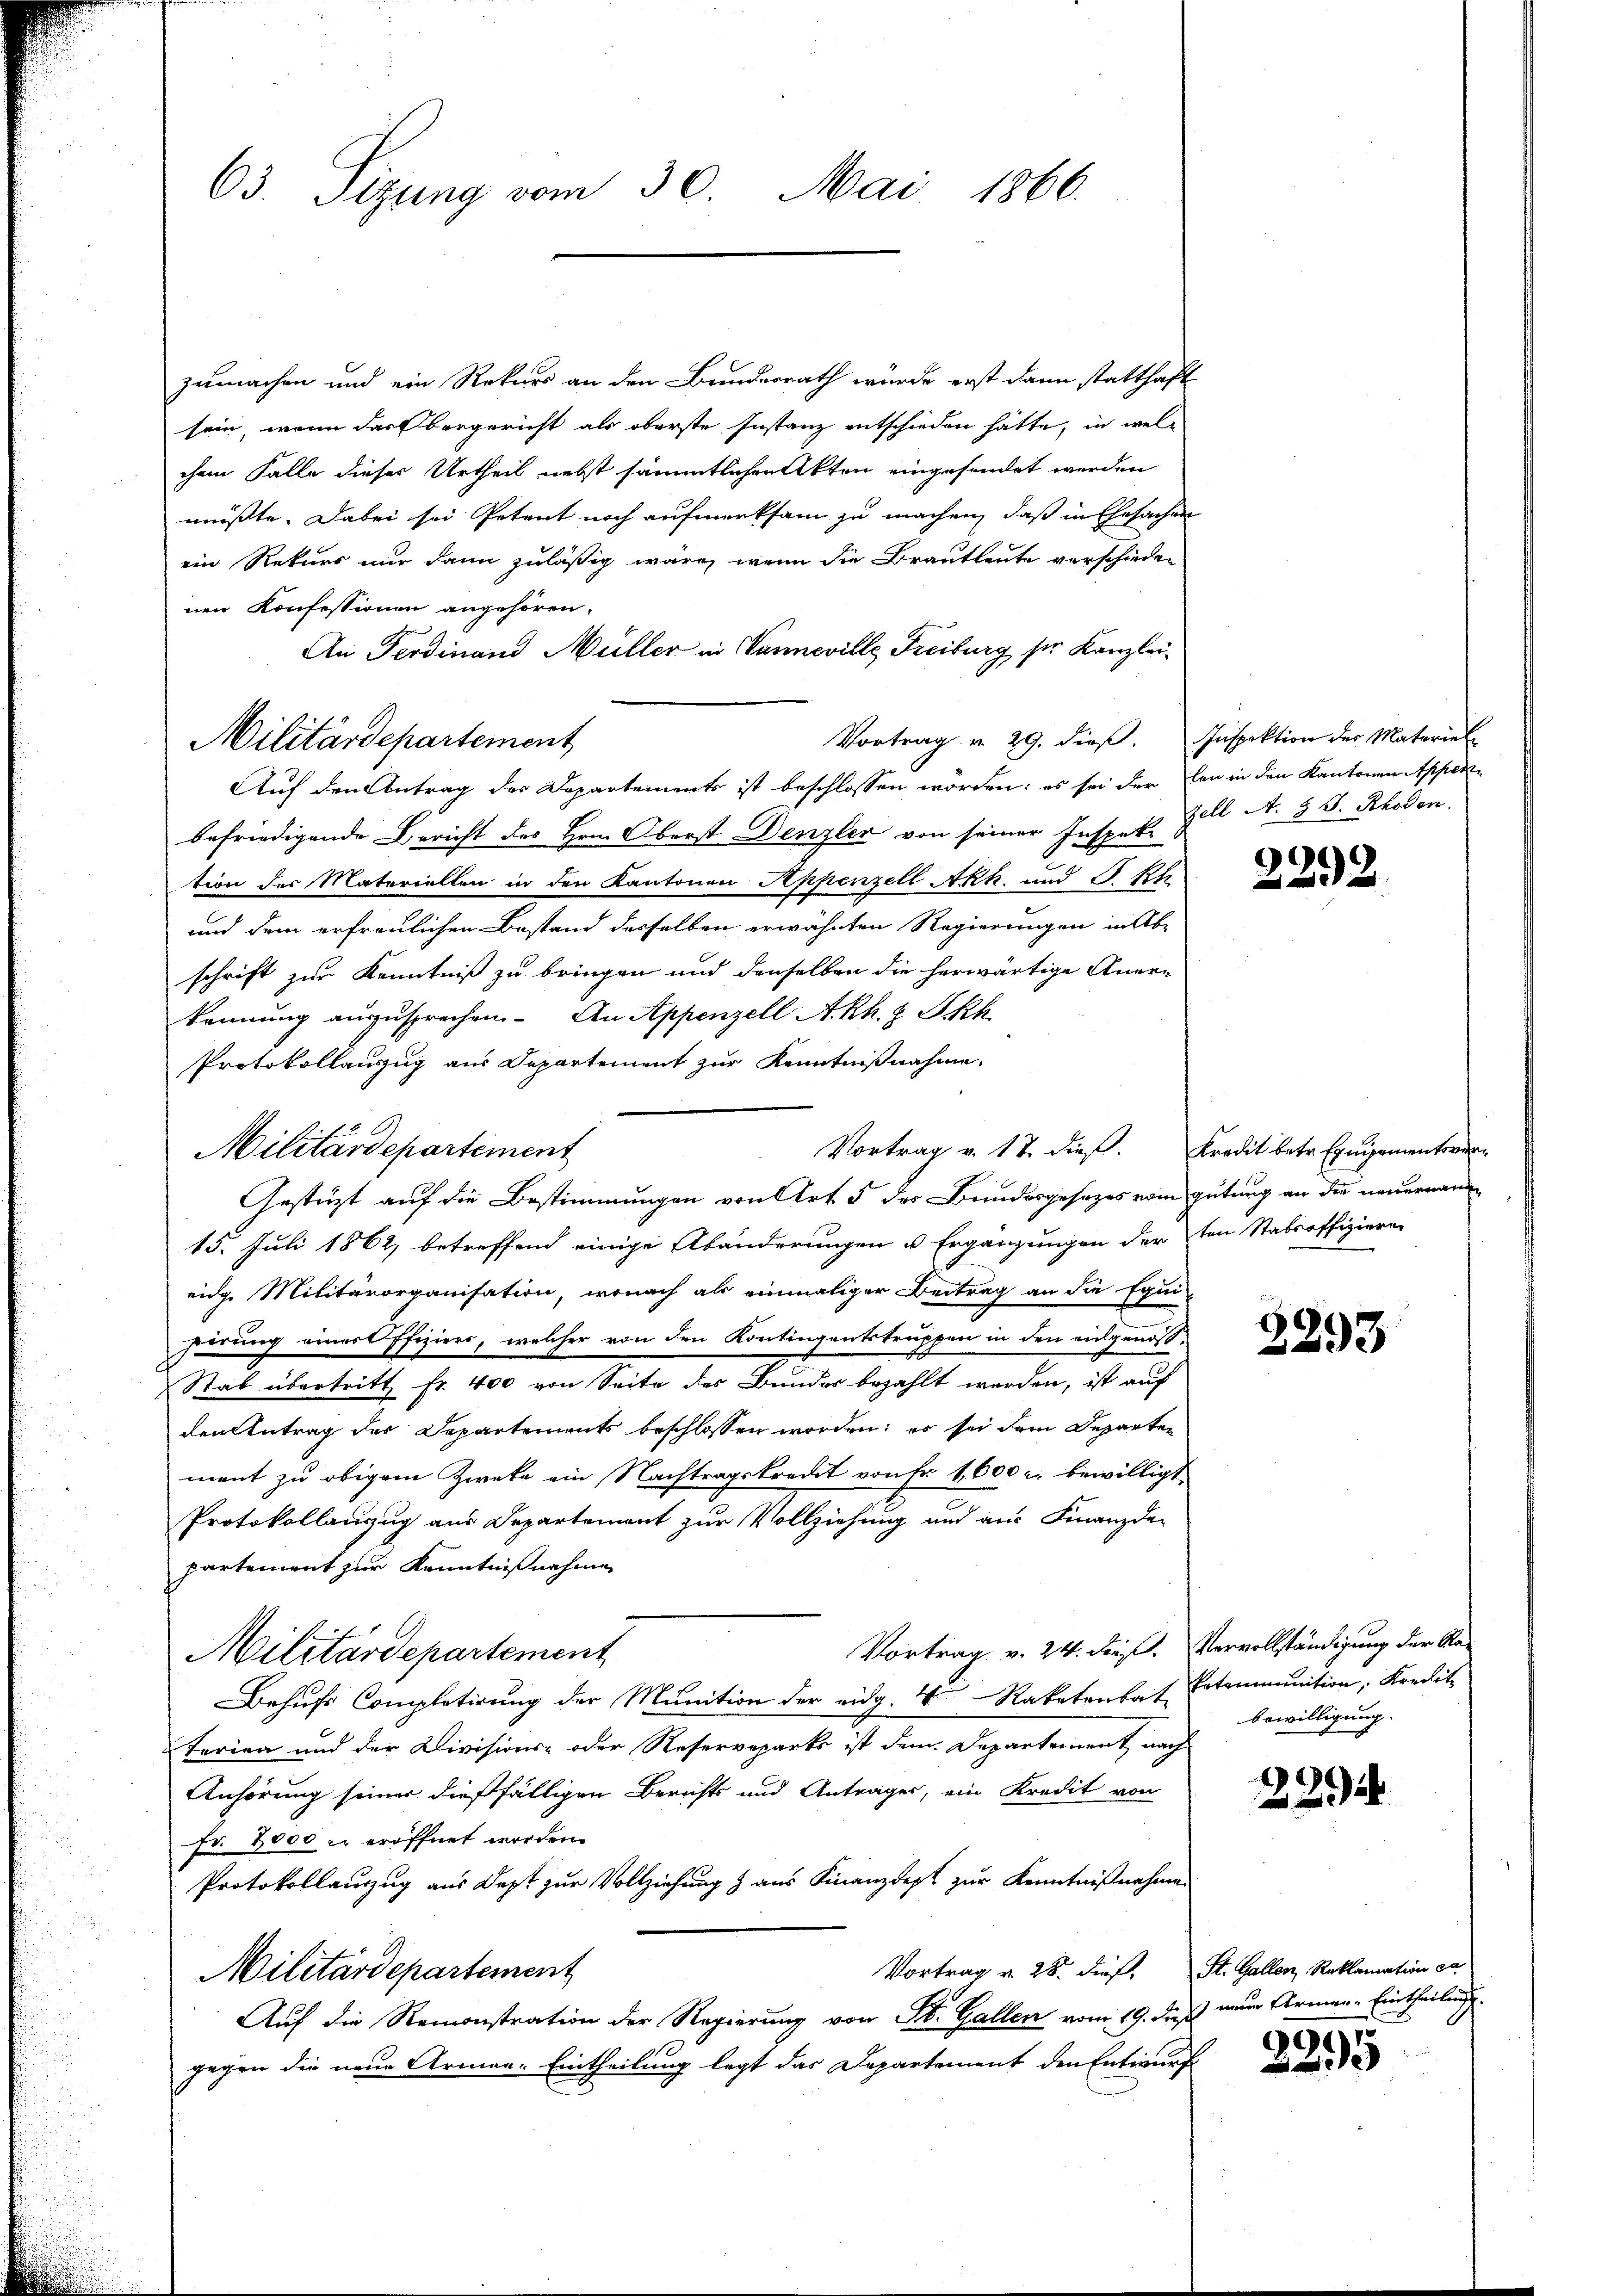
63. Sizung vom 30. Mai 1866.

zumachen und ein Rekurs an den Bundesrath würde erst dann statthaft
sein, wenn das bergericht als oberste Instanz entschieden hätte, in welchem Falle dieser Urtheil nebst sämmtlichen Akten eingesendet werden
müßte. Dabei sei Petent noch aufmerksam zu machen, daß in Ehesachen
ein Rekurs nur dann zuläßig wäre, wenn die Brautleute verschieden
nen Konfessionen angehören.
An Ferdinand Müller in Vanneville Freiburg ser Kanzlei¬
Vortrag v. 29. dieß. Inspektion des Materiel
Auf den Antrag des Departements ist beschlossen worden; es sei der den in den Kantonen Appenze
befriedigende Bericht des Hrn. Oberst Denzler von seiner Inspek. Zell A. 3 S. Rhoden,
tion des Materiellen in den Kantonen Appenzell Akh. und S. Rh
und dem erfreulichen Bestand derselben erwähnten Regierungen in Abschrift zur Kenntniß zu bringen und denselben die herwärtige Aner-
kennung anzusprechen. An Appenzell A.Rh. Z Ikh
Protokollauszug aus Departement zur Kenntnißnahme.
Militärdepartement
15. Juli 1862, betreffend einige Abänderungen u Ergänzungen der ten Stabsoffizieren
eidg. Militärorganisation, wonach als einmaliger Beitrag an die Equi-
pirung einer Pfiziers, welcher von den Kontingentstruppen in den eingenoß¬
Stab übertritt fr. 400 von Seite des Bunder bezahlt werden, ist auf
den Antrag der Departements beschlossen worden; es sei dem Departen
ment zu obigem Zweke ein Nachtragskreut von Fr. 1,600 r. bewilligt
Protokollanzug aus Departement zur Vollziehung und aus Finanzde-
partement zur Kenntnißnahme
Vortrag v. 24. dies. Vervollständigung der Re-
Militärdepartement
Behufs Completirung der Munition der eidg. 4 Rakatenbat Patruunition, Kredit
terien und der Divisions- oder Reserverparks ist dem Departement nach
Anhörung seiner dießfälligen Berichts und Antrages, ein Kredit von
Fr. 2000 u. eröffnet worden.
Protokollauszug aus Dept zur Vollziehung & aus Finanzdept zur Kenntnißnahmen
Vortrag v. 28. dieß. St. Gallen, Reklamation ca
Militärdepartement
Auf die Remonstration der Regierung von St. Gallen vom 19. daß nun Armen - Eintheilung
gegen die neue Armee-Eintheilung legt das Departement den Entwurf

Militärdepartement

Vortrag v. 17. dieß. Kredit betr. Equipementsver-
Gestützt auf die Bestimmungen von Art 5 des Bundesgesezes vom gütung an die neuernan

99
a

3293

bewilligung.

2994

191